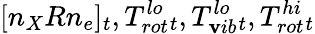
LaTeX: [n_{X}Rn_{e}]_{t},T_{rot}^{lo}{_t},T_{\mathbf{v}ib}^{lo}{_t},T_{rot}^{hi}{_t}